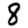
Digit: 8